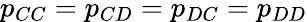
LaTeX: p_{CC}=p_{CD}=p_{DC}=p_{DD}